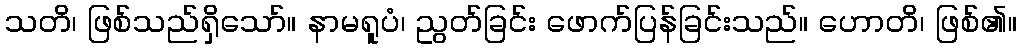
သတိ၊ ဖြစ်သည်ရှိသော်။ နာမရူပံ၊ ညွတ်ခြင်း ဖောက်ပြန်ခြင်းသည်။ ဟောတိ၊ ဖြစ်၏။